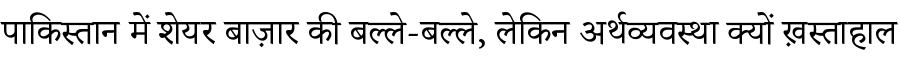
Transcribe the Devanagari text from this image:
पाकिस्तान में शेयर बाज़ार की बल्ले-बल्ले, लेकिन अर्थव्यवस्था क्यों ख़स्ताहाल